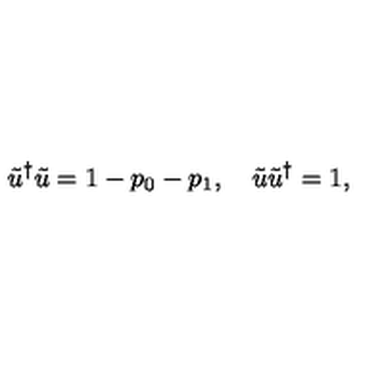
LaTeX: \tilde { u } ^ { \dag } \tilde { u } = 1 - p _ { 0 } - p _ { 1 } , \quad \tilde { u } \tilde { u } ^ { \dag } = 1 ,